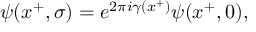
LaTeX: \psi ( x ^ { + } , \sigma ) = e ^ { 2 \pi i \gamma ( x ^ { + } ) } \psi ( x ^ { + } , 0 ) ,